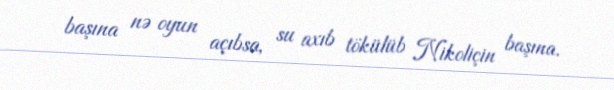
başına nə oyun açıbsa, su axıb tökülüb Nikoliçin başına.